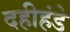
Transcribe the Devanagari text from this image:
दहीहंडे